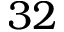
3 2